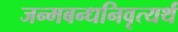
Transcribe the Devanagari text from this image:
जन्मबन्धनिवृत्यर्थं